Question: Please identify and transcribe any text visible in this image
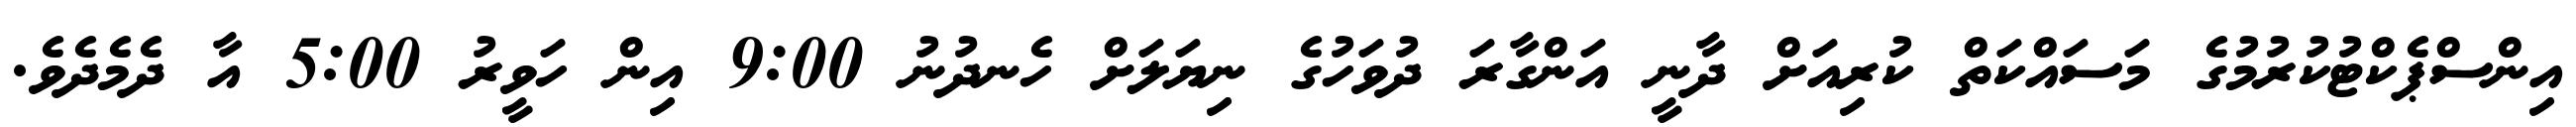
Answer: އިންސްޕެކްޓުކުރުމުގެ މަސައްކަތް ކުރިއަށް ދާނީ އަންގާރަ ދުވަހުގެ ނިޔަލަށް ހެނދުނު 9:00 އިން ހަވީރު 5:00 އާ ދެމެދެވެ.